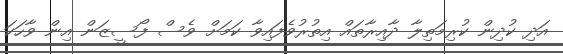
އަދި ކުދިން ކުރިމަތިލާ ދާއިރާތައް އިތުރުވެފައިވާ ކަމަށް ވެސް ފޯސީޒަން އިން ވާހަކަ